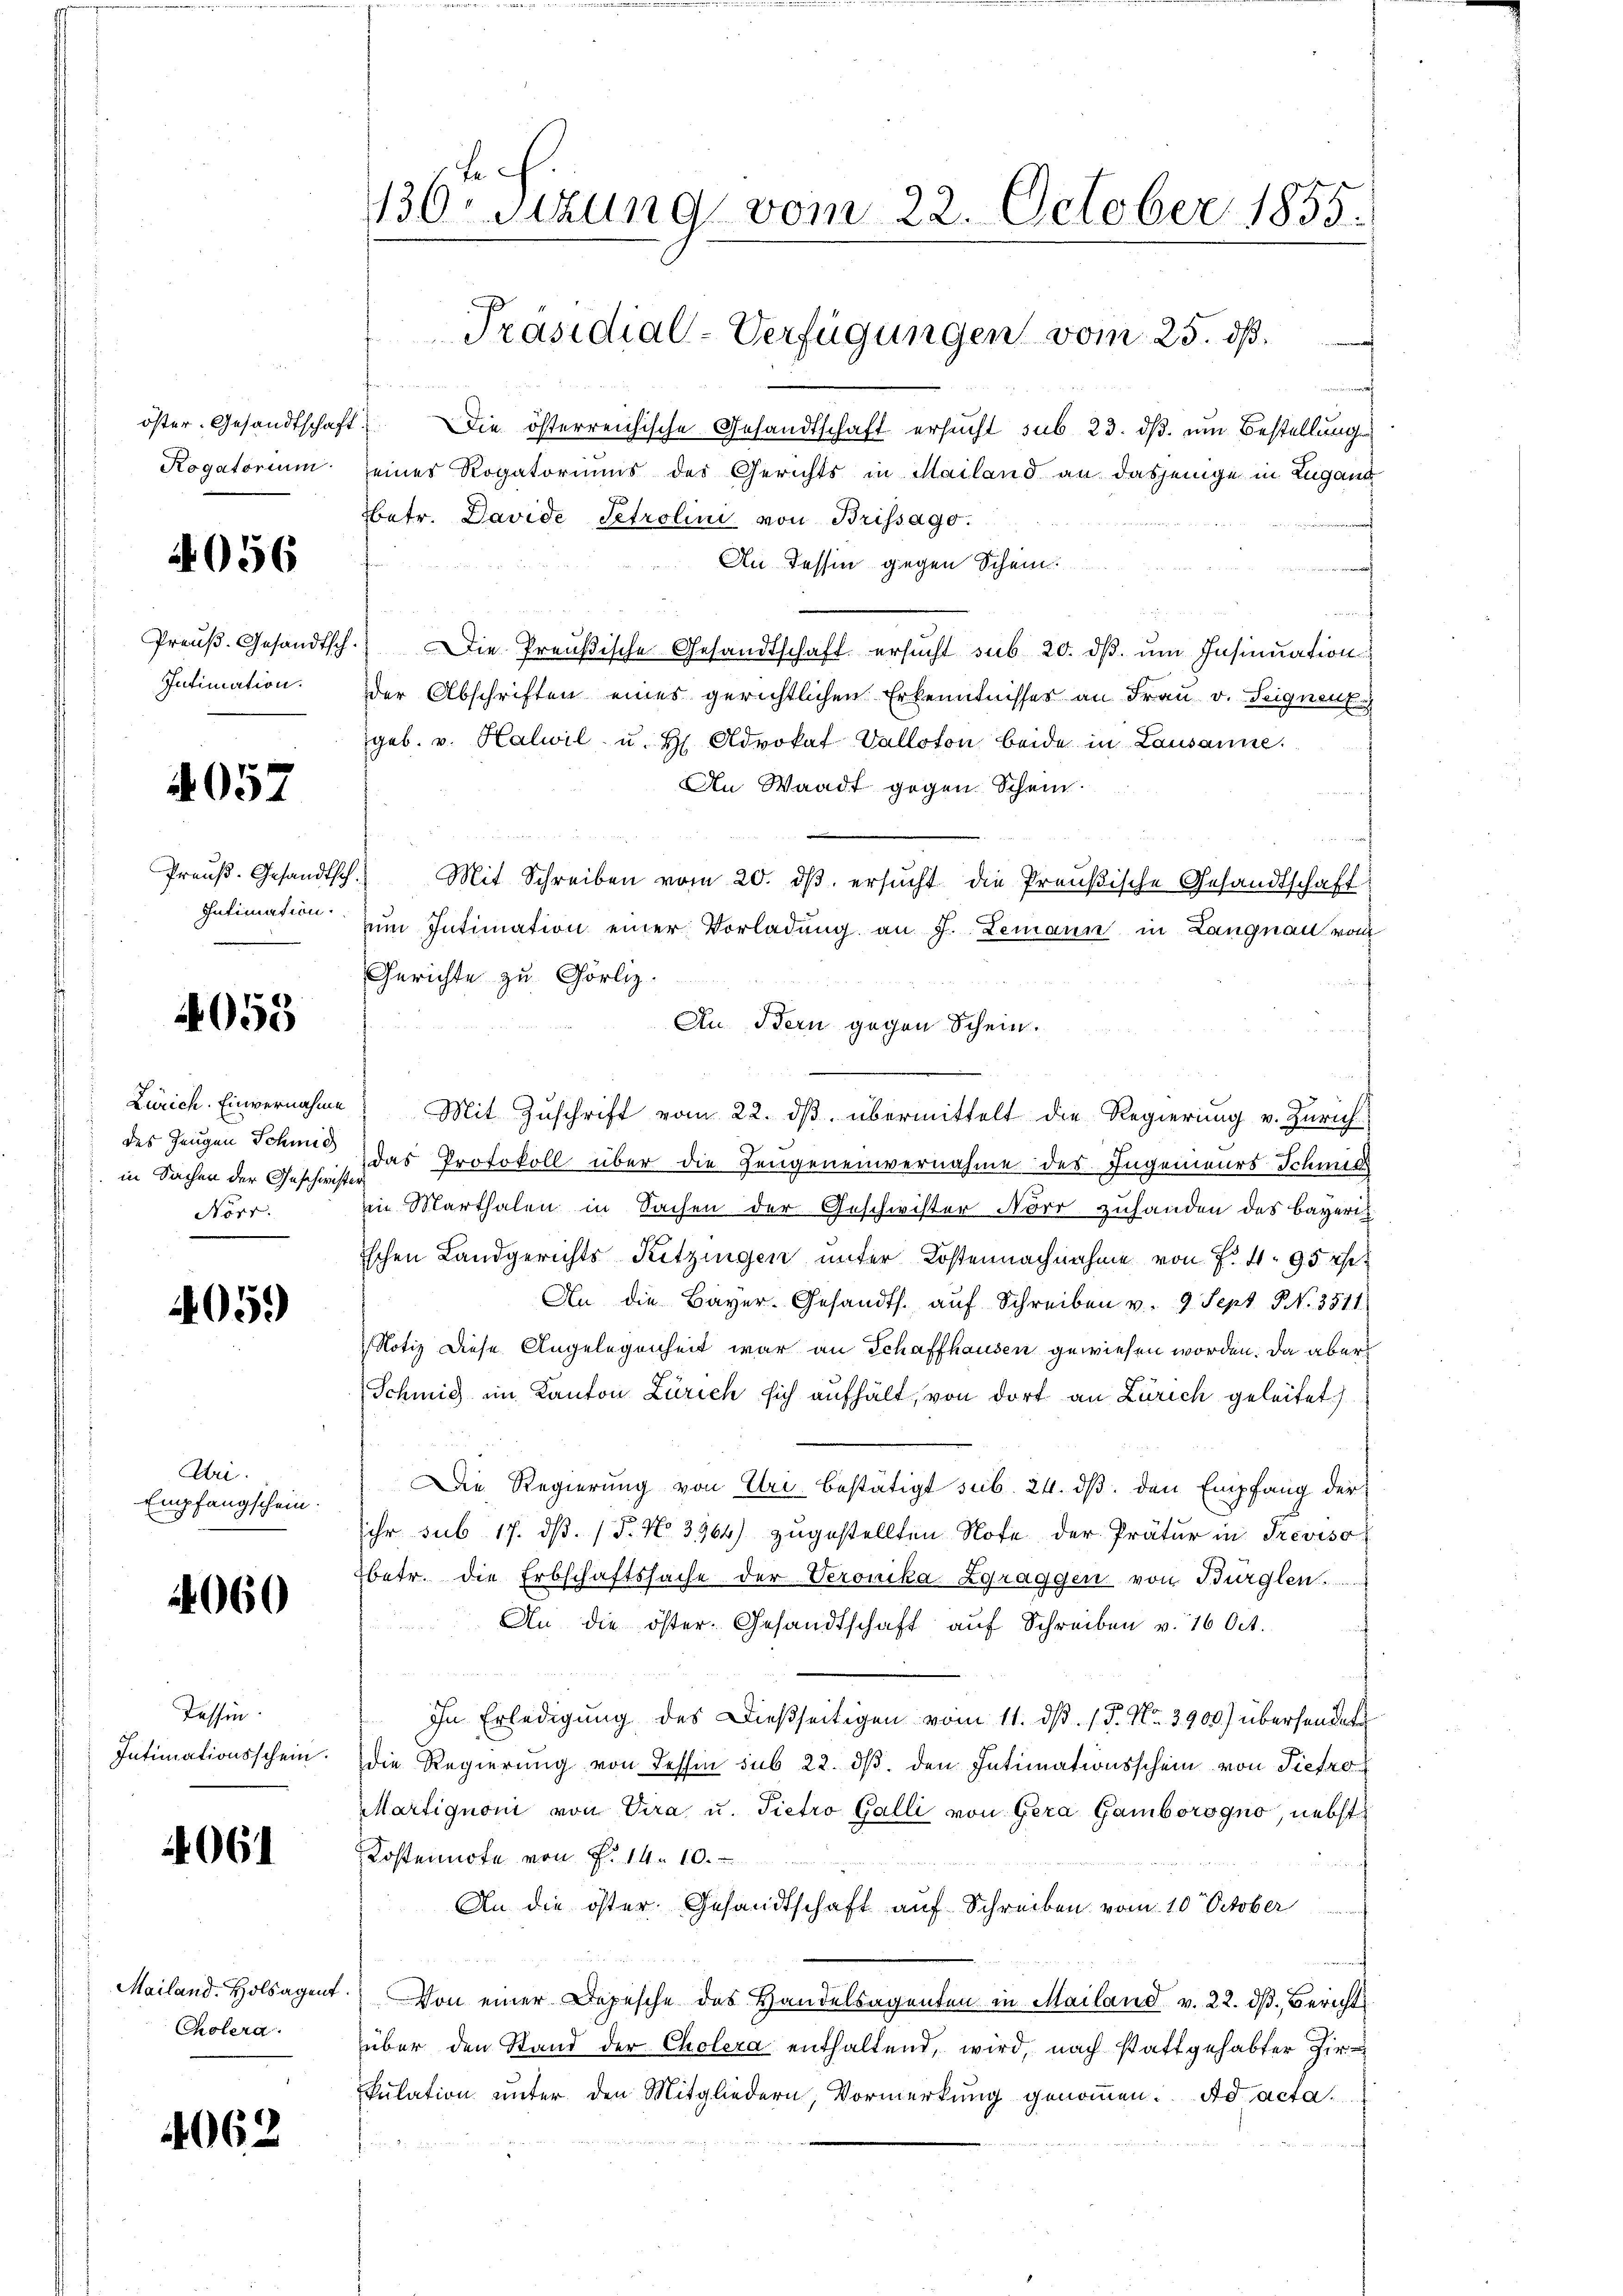
öster. Gesandtschaft
Rogatorium

4056

Preuß. Gesandtsch.
Intimation.

4057

Preuß-Gesandtsch
Intimation.

4053

Zürich. Einvernahme
des Zeugen Schmid
in Sachen der Geschwister
Not. |

405.)

Uri
Empfangschein.

4060

Tessin.
Intimationsschein.

061

Mailand. Holsagent
Cholera.

4062

136 sitzung vom 22. October 1855.
Präsidial-Verfügungen vom 25. dß.

Die österreichische Gesandtschaft ersucht sub 23. dß. um Bestellungen
seines Rogatoriums des Gerichts in Mailand an dasjenige in Zugand
betr. Davide Setrolini von Brissago.
An Tessin gegen Schein.
Die Preußische Gesandtschaft ersucht sub 20. dβ. um Insinuation
der Abschriften eines gerichtlichen Erkenntnisser an Frau v. Seignent
geb. v. Halwil u. H. Advokat Valloton beide in Lausanne.
An Waadt gegen Schein.
Mit Schreiben vom 20. ds. ersucht die Preußische Gesandtschaft
vim Intimation einer Vorladŭng an J. Lemann in Langnau von
Gerichte zu Görliz.
An Bern gegen Schein.
Mit Zuschrift vom 22. ds. übermittelt die Regierung v. Zürichdas Protokoll über die Zeugeneinvernahme des Ingenieurs-Schmid
in Marthalen in Sachen der Geschwister Nori zuhanden des Bayeris
schen Landgerichts Kitzingen unter Kostennachnahme von f. 4, 95 r.
An die Bayer-Gesandts. auf Schreiben v. 9. Sept NNo. 3511
Notiz diese Angelegenheit war an Schaffhausen gewiesen worden. Da aber
Schmitz im Kanton Zürich sich aufhält, von dort an Zürich geleitet
Die Regierung von Uri bestätigt sub. 24. ds. den Empfang der
ihr sub 17. ds. (T. No. 3964) zugestellten Note der Prätur in Treviso
betr. die Erbschaftssache der Veronika Zgraggen von Bürglen
An die öster Gesandtschaft aŭf Schreiben v. 16 Oct.
In Erledigung des Dießseitigen vom 11. ds. (T. No. 3900.) übersendete
Die Regierung von dessin sub 22. ds. den Intimationsschein von Tiefre
Martignoni von Vira u. Pietro Galli von Gera Gamborogno, nebst
Kostennote von P. 14. 10.
An die öster Gesandtschaft auf Schreiben vom 10. October
Von einer Depesche des Handelsagenten in Mailand v. 22. dβ, Bericht
über den Stand der Cholera enthaltend, wird, nach stattgehabter Firkulation unter den Mitgliedern, Vormerkung genommen. Ad acta.